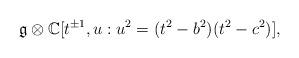
LaTeX: \begin{align*} \mathfrak{g}\otimes \mathbb{C}[t^{\pm1}, u: u^2 = (t^2-b^2)(t^2-c^2)], \end{align*}